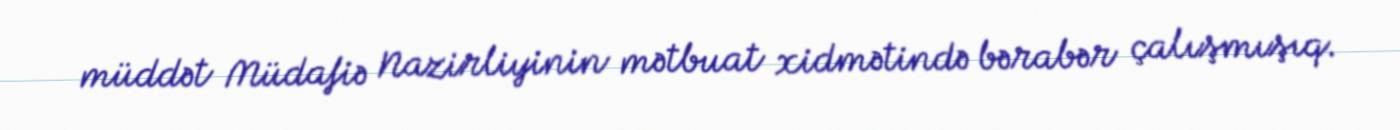
müddət Müdafiə Nazirliyinin mətbuat xidmətində bərabər çalışmışıq.